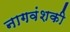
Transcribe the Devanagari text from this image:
नागवंशकी